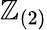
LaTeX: \mathbb{Z}_{(2)}